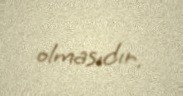
olmasıdır.